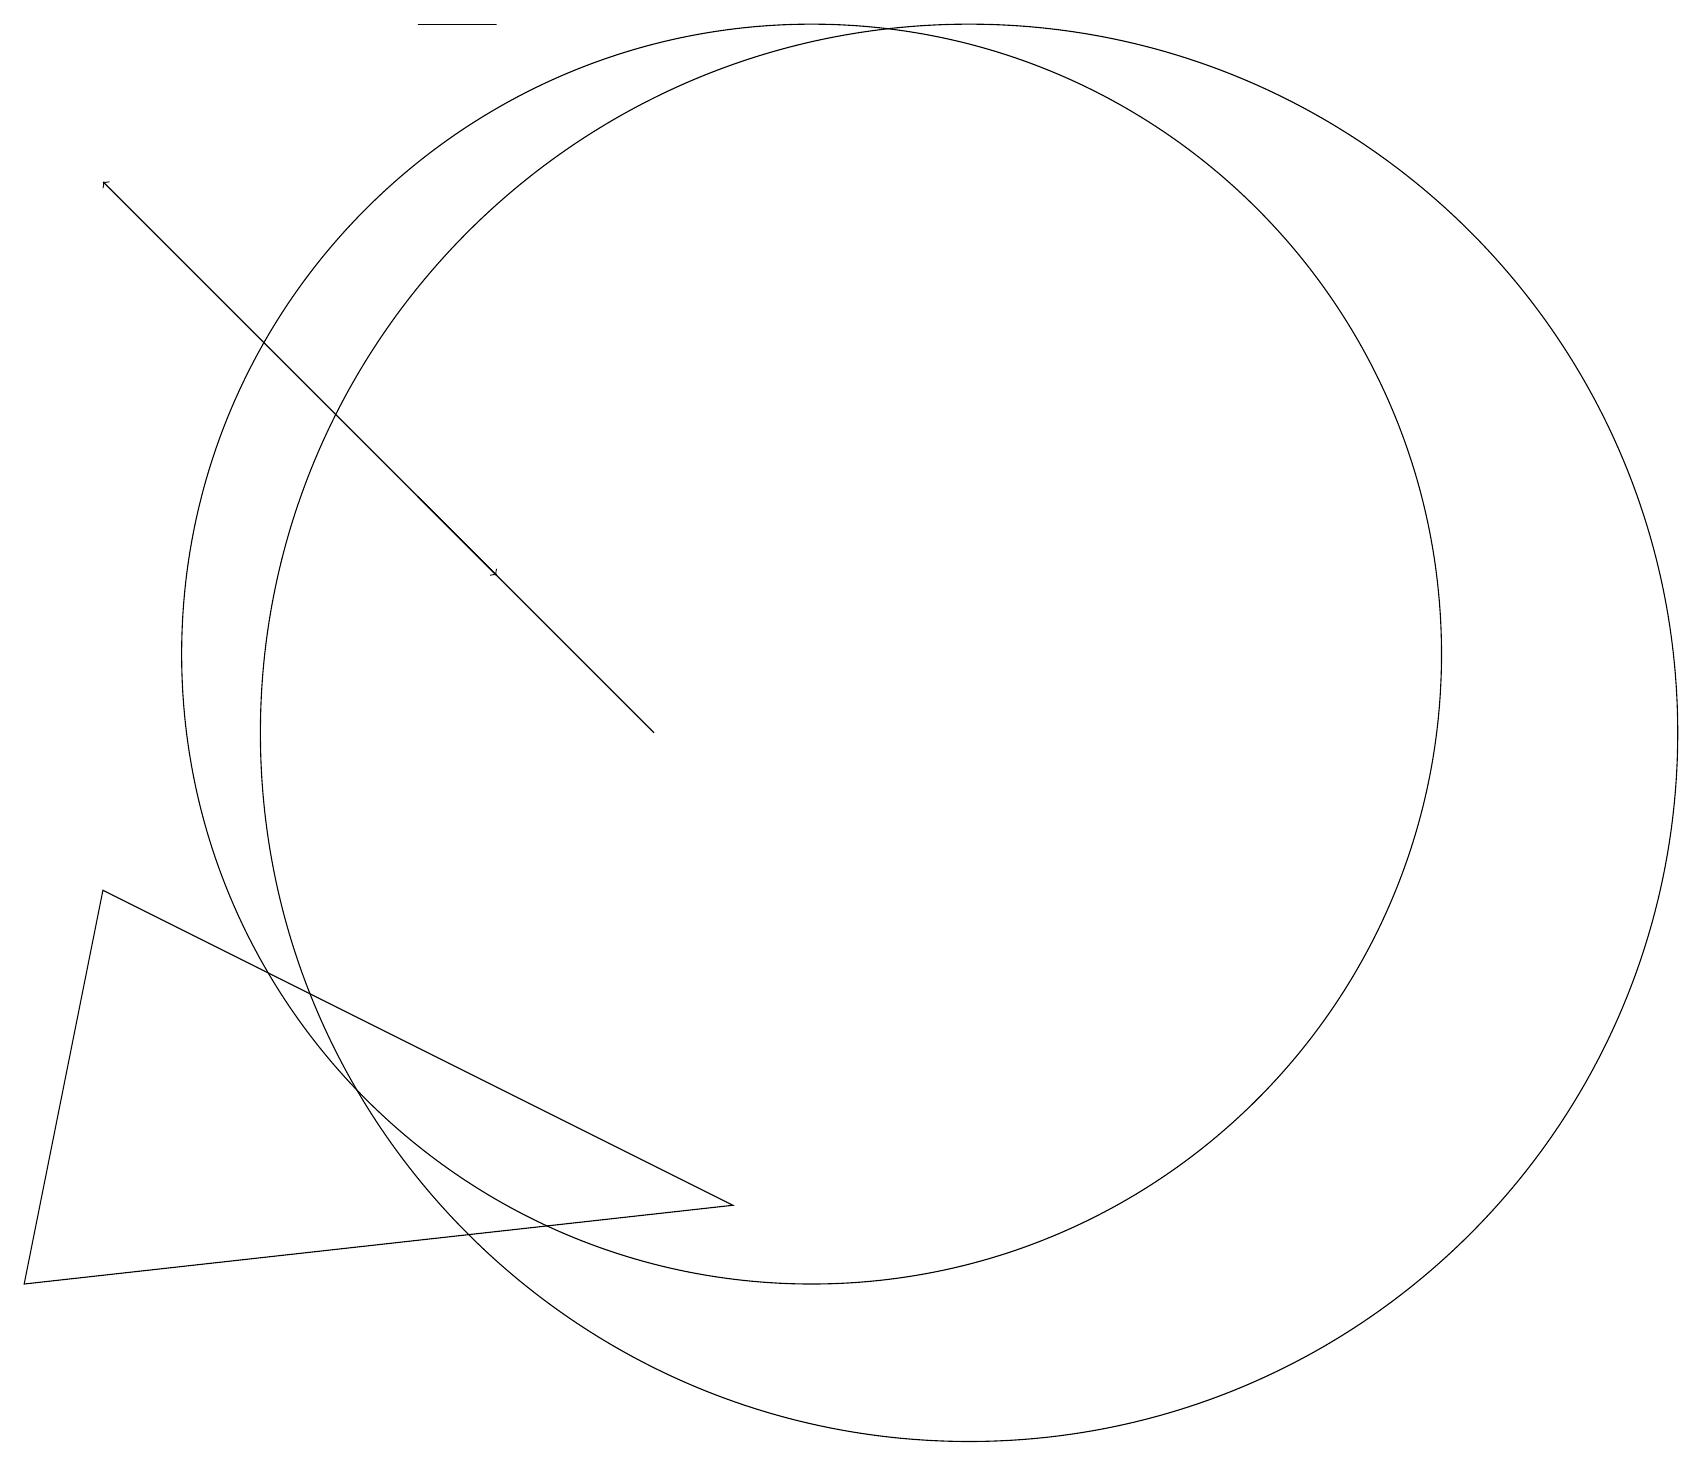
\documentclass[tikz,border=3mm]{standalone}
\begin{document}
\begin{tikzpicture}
\draw[->] (5,13) -- (6,12);
\draw (6,19) rectangle (5,19);
\draw (12,10) circle (9);
\draw[->] (8,10) -- (1,17);
\draw (10,11) circle (8);
\draw (9,4) -- (1,8) -- (0,3) -- cycle;
\draw (10,11) circle (0);
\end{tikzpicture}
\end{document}